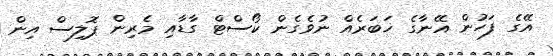
އޭގެ ފަހުން އޭނާގެ ޚަބަރެއް ނުވެގެން ކޯސްޓް ގާޑާއި މެރިން ޕޮލިސް އިން